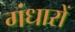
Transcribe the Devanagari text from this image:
गंधारों